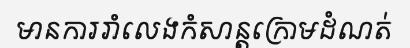
មានការរាំលេងកំសាន្តក្រោមដំណត់